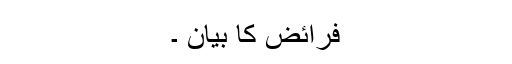
فرائض کا بیان ۔